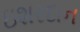
ઇશરદાન